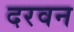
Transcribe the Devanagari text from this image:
दरवन